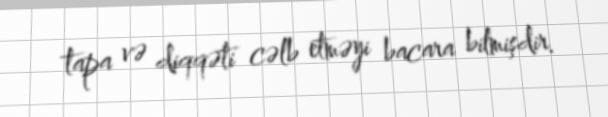
tapa və diqqəti cəlb etməyi bacara bilmişdir.